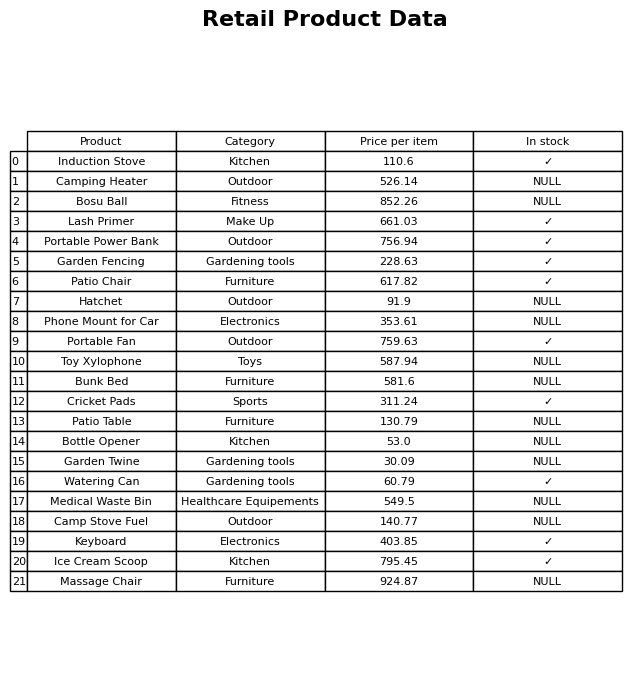
question: What is the price for Medical Waste Bin?
answer: The price of Medical Waste Bin is 549.5.